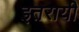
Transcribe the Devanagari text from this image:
इतरायी